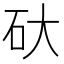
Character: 𮀋